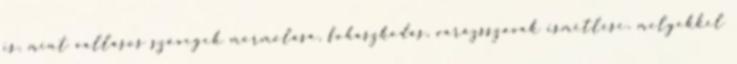
is, mint vallásos szövegek mormolása, fohászkodás, varázsszavak ismétlése, melyekkel